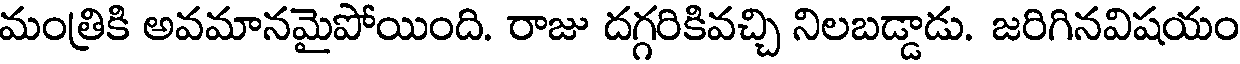
మంత్రికి అవమానమైపోయింది. రాజు దగ్గరికివచ్చి నిలబడ్డాడు. జరిగినవిషయం